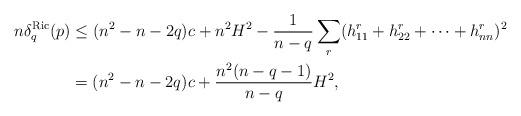
LaTeX: \begin{align*}n\delta_q^{\textrm{Ric}}(p)&\leq (n^2-n-2q)c+n^2H^2-\frac{1}{n-q}\sum_{r}(h_{11}^r+h_{22}^r+\cdots+h_{nn}^r)^2\\&=(n^2-n-2q)c+\frac{n^2(n-q-1)}{n-q}H^2,\end{align*}